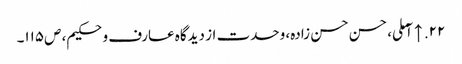
۲۲. ↑ آملی، حسن حسن زادہ، وحدت از دیدگاه عارف و حکیم، ص‌۱۱۵۔